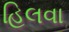
હિલવા